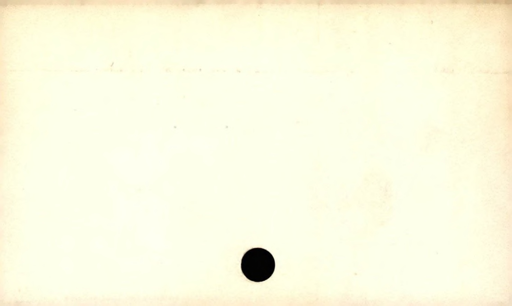
Label: blank